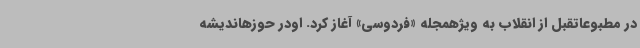
در مطبوعاتقبل از انقلاب به ویژهمجله «فردوسی» آغاز کرد. اودر حوزهاندیشه